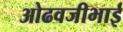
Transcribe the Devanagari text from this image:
ओढवजीभाई